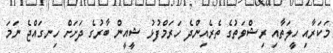
މަކަރާއި ހީލަތާއި ރިޝްވަތުގެ ތެރެއިންދެ ހަރަމްފުޅު ޝީއީން ބާރުގެ ދަށަށް ހިނގައްޖެ ނަމަ